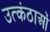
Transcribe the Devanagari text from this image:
उत्कंठाओं